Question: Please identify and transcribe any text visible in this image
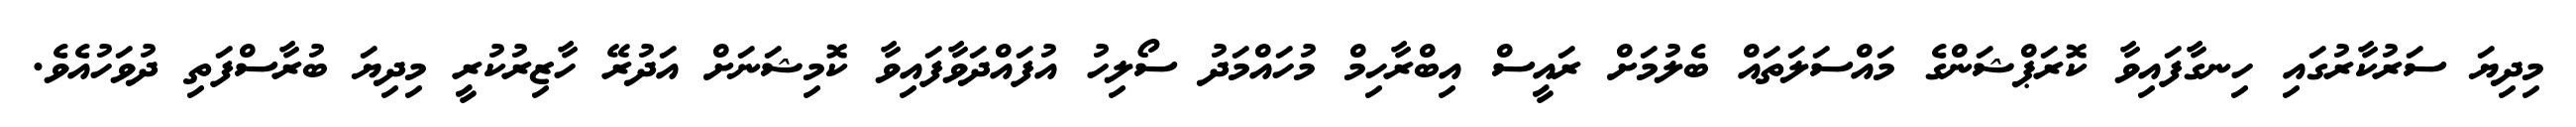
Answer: މިދިޔަ ސަރުކާރުގައި ހިނގާފައިވާ ކޮރަޕްޝަންގެ މައްސަލަތައް ބެލުމަށް ރައީސް އިބްރާހިމް މުހައްމަދު ސޯލިހު އުފައްދަވާފައިވާ ކޮމިޝަނަށް އަދުރޭ ހާޒިރުކުރީ މިދިޔަ ބުރާސްފަތި ދުވަހުއެވެ.